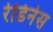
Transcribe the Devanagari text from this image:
रेडिनेस